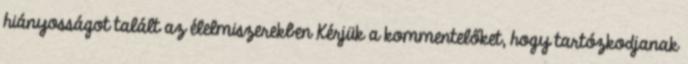
hiányosságot talált az élelmiszerekben Kérjük a kommentelőket, hogy tartózkodjanak